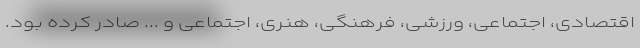
اقتصادی، اجتماعی، ورزشی، فرهنگی، هنری، اجتماعی و ... صادر کرده بود.